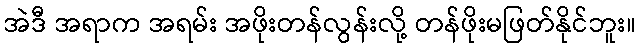
အဲဒီ အရာက အရမ်း အဖိုးတန်လွန်းလို့ တန်ဖိုးမဖြတ်နိုင်ဘူး။